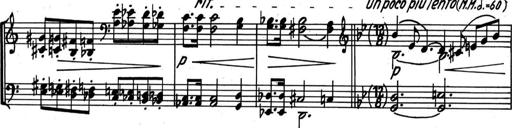
Title: Kleine Sonate
Composer: Raoul Koczalski
Key: C major